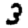
Digit: 3